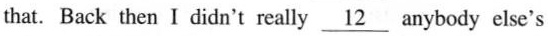
that. Back then I didn't really \underline{12}